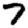
Digit: 7